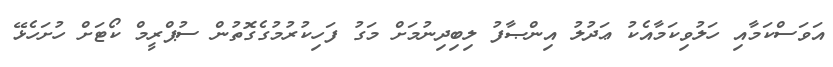
އަވަސްކަމާއި ހަލުވިކަމާއެކު ޢަދުލު އިންޞާފު ލިބިދިނުމަށް މަގު ފަހިކުރުމުގެގޮތުން ސުޕްރީމް ކޯޓަށް ހުށަހެޅޭ